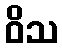
ဝိသ